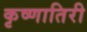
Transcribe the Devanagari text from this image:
कृष्णातिरी